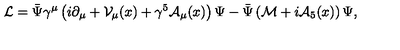
{ \cal L } = \bar { \Psi } \gamma ^ { \mu } \left( i \partial _ { \mu } + { \cal V } _ { \mu } ( x ) + \gamma ^ { 5 } { \cal A } _ { \mu } ( x ) \right) \Psi - \bar { \Psi } \left( { \cal M } + i { \cal A } _ { 5 } ( x ) \right) \Psi ,